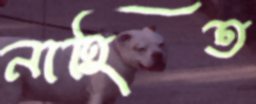
নাহিত